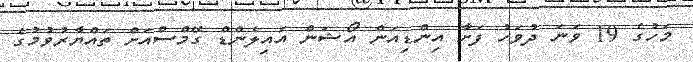
މަހުގެ 19 ވަނަ ދުވަހު ފަށާ އިންޑިއަން އޯޝަން އައިލެންޑް ގޭމްސްއަށް ތައްޔާރުވުމުގެ